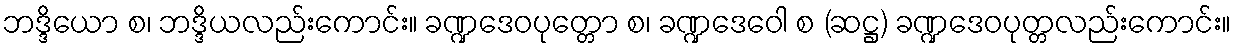
ဘဒ္ဒိယော စ၊ ဘဒ္ဒိယလည်းကောင်း။ ခဏ္ဍဒေဝပုတ္တော စ၊ ခဏ္ဍဒေဝေါ စ (ဆဋ္ဌ) ခဏ္ဍဒေဝပုတ္တလည်းကောင်း။